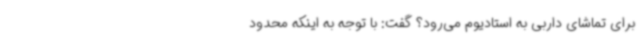
برای تماشای داربی به استادیوم می‌رود؟ گفت: با توجه به اینکه محدود